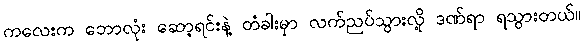
ကလေးက ဘောလုံး ဆော့ရင်းနဲ့ တံခါးမှာ လက်ညပ်သွားလို့ ဒဏ်ရာ ရသွားတယ်။